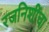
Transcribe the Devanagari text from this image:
रजनिशींचा